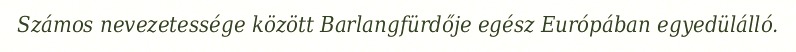
Számos nevezetessége között Barlangfürdője egész Európában egyedülálló.